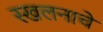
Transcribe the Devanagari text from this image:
स्खलनाचे